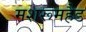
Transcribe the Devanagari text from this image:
मशरूमहैड